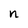
Character: n